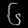
Digit: ၆